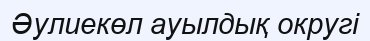
Әулиекөл ауылдық округі